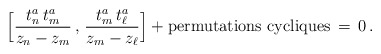
\begin{align*}\Big[\frac{t^a_n\,t^a_{m}}{z_n-z_{m}}\,,\, \frac{t^a_{m}\,t^a_{\ell}}{z_{m}-z_{\ell}}\Big]+ \mbox{permutations cycliques}\,=\,0\, .\end{align*}